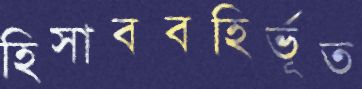
হিসাববহির্ভূত